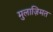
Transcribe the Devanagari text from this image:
मुलाज़िमत